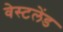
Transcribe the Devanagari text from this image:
वेस्टलेंड